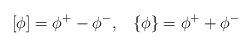
LaTeX: \begin{align*}\left[ \phi \right] =\phi ^+ - \phi ^-, ~~ \left\{ \phi \right\} =\phi ^+ +\phi ^-\end{align*}